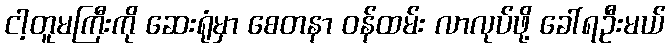
ငါ့တူမကြီးကို ဆေးရုံမှာ စေတနာ ဝန်ထမ်း လာလုပ်ဖို့ ခေါ်ရဦးမယ်